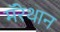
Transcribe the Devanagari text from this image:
मॅरेथान